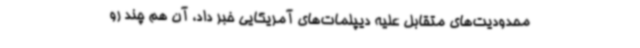
محدودیت‌های متقابل علیه دیپلمات‌های آمریکایی خبر داد، آن هم چند رو